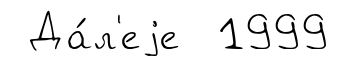
Да́л'еjе 1999